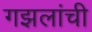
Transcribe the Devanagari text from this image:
गझलांची